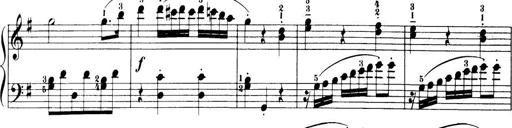
Title: 32 Sonatinas and Rondos for the Piano
Composer: Richard Kleinmichel